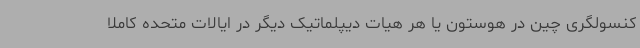
کنسولگری چین در هوستون یا هر هیات دیپلماتیک دیگر در ایالات متحده کاملا